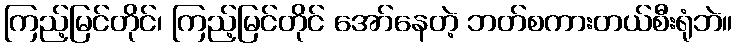
ကြည့်မြင်တိုင်၊ ကြည့်မြင်တိုင် အော်နေတဲ့ ဘတ်စကားတယ်စီးရုံဘဲ။